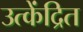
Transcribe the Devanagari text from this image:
उत्केंद्रित